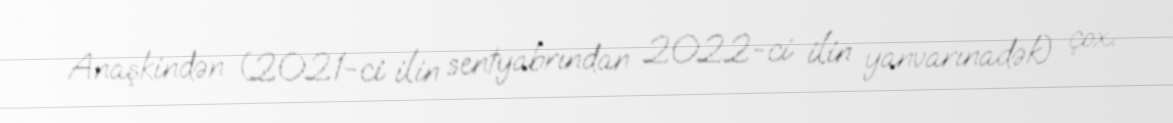
Anaşkindən (2021-ci ilin sentyabrından 2022-ci ilin yanvarınadək) çox.